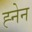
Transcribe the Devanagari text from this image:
ह्नेन